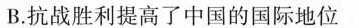
B.抗战胜利提高了中国的国际地位